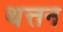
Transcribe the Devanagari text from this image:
थत्तन